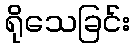
ရိုသေခြင်း